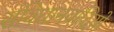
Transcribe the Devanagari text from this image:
संविधानवादियों